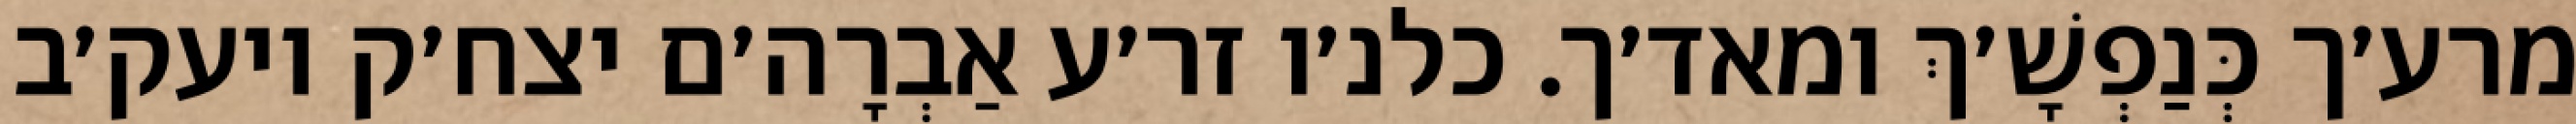
מרע׳ך כְּנַפְשָׁ׳ךְ ומאד׳ך. כלנ׳ו זר׳ע אַבְרָה׳ם יצח׳ק ויעק׳ב